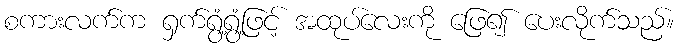
စကားလက်က ရှက်ရွံ့ရွံ့ဖြင့် အထုပ်လေးကို ဖြေ၍ ပေးလိုက်သည်။